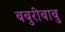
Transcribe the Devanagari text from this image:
बबुरीबाबु